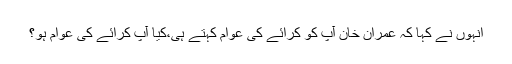
انہوں نے کہا کہ عمران خان آپ کو کرائے کی عوام کہتے ہی،کیا آپ کرائے کی عوام ہو؟